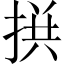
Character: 𢮪